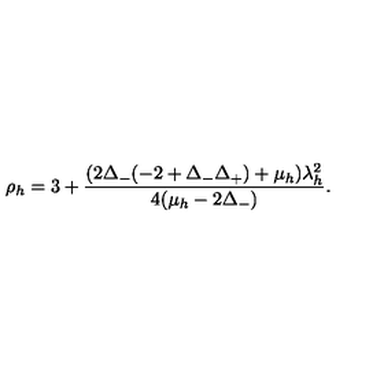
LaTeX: \rho _ { h } = 3 + \frac { ( 2 \Delta _ { - } ( - 2 + \Delta _ { - } \Delta _ { + } ) + \mu _ { h } ) \lambda _ { h } ^ { 2 } } { 4 ( \mu _ { h } - 2 \Delta _ { - } ) } .